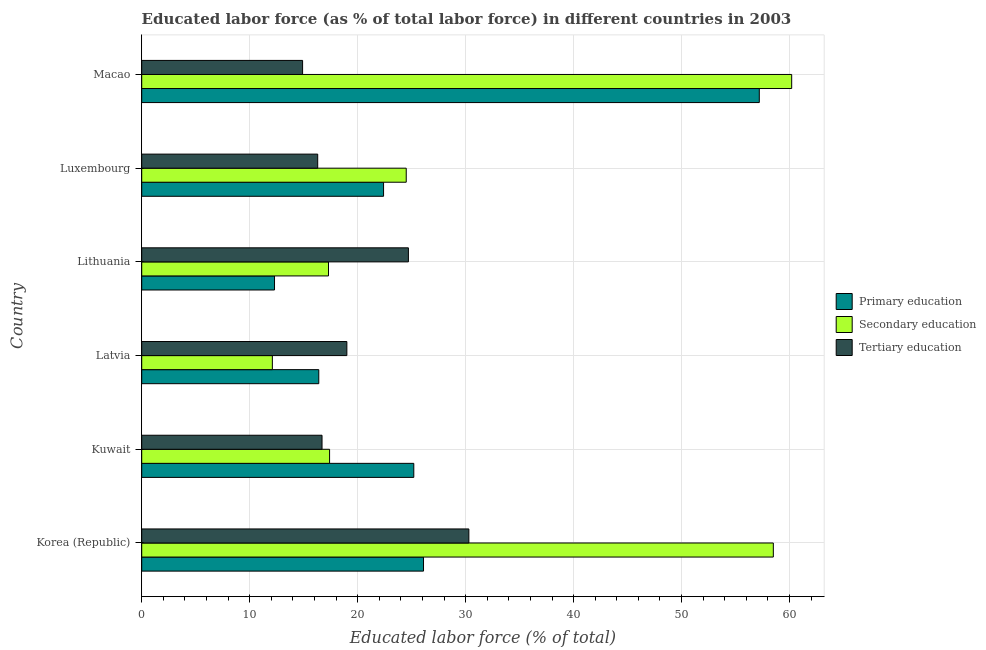
| Country | Primary education | Secondary education | Tertiary education |
 | --- | --- | --- | --- |
 | Korea (Republic) | 26.1 | 58.5 | 30.3 |
 | Kuwait | 25.2 | 17.4 | 16.7 |
 | Latvia | 16.4 | 12.1 | 19 |
 | Lithuania | 12.3 | 17.3 | 24.7 |
 | Luxembourg | 22.4 | 24.5 | 16.3 |
 | Macao | 57.2 | 60.2 | 14.9 |